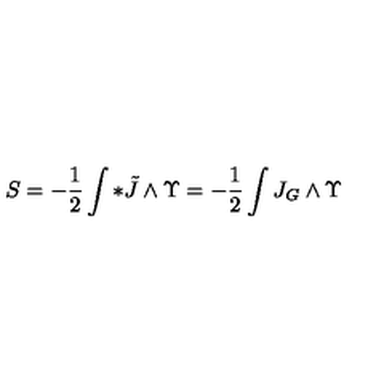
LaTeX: S = - \frac { 1 } { 2 } \int * \tilde { J } \wedge \Upsilon = - \frac { 1 } { 2 } \int J _ { G } \wedge \Upsilon